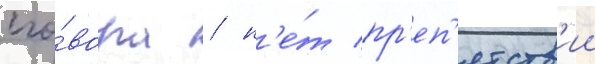
сго́вора / н'е́т пр'еп'ятств'ии